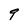
Character: q